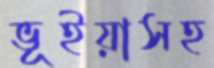
ভূইয়াসহ